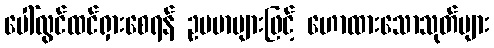
ပေါ်လွင်ထင်ရှားစေရန် ဥပမာများဖြင့် ဟောထားသောသုတ်များ